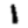
Digit: 1